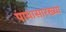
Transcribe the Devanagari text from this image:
पायासारख्या